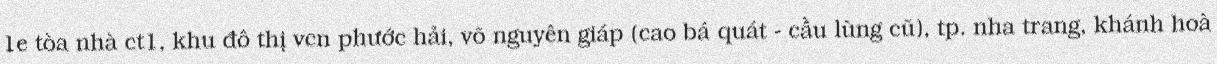
1e tòa nhà ct1, khu đô thị vcn phước hải, võ nguyên giáp (cao bá quát - cầu lùng cũ), tp. nha trang, khánh hoà